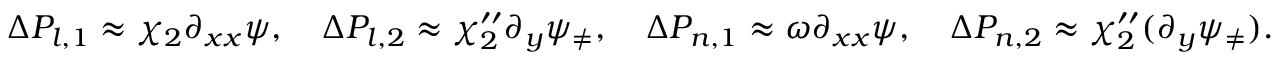
\begin{array} { r l } & { \Delta P _ { l , 1 } \approx \chi _ { 2 } \partial _ { x x } \psi , \quad \Delta P _ { l , 2 } \approx \chi _ { 2 } ^ { \prime \prime } \partial _ { y } \psi _ { \neq } , \quad \Delta P _ { n , 1 } \approx \omega \partial _ { x x } \psi , \quad \Delta P _ { n , 2 } \approx \chi _ { 2 } ^ { \prime \prime } ( \partial _ { y } \psi _ { \neq } ) . } \end{array}